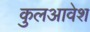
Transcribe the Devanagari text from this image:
कुलआवेश